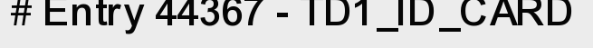
# Entry 44367 - TD1_ID_CARD